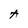
Character: A